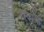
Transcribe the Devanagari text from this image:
नस्कांची